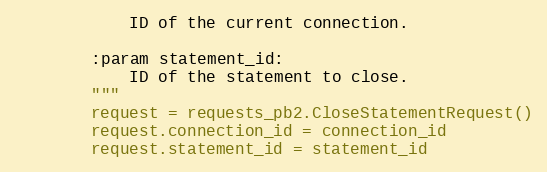
Language: Python
            ID of the current connection.

        :param statement_id:
            ID of the statement to close.
        """
        request = requests_pb2.CloseStatementRequest()
        request.connection_id = connection_id
        request.statement_id = statement_id